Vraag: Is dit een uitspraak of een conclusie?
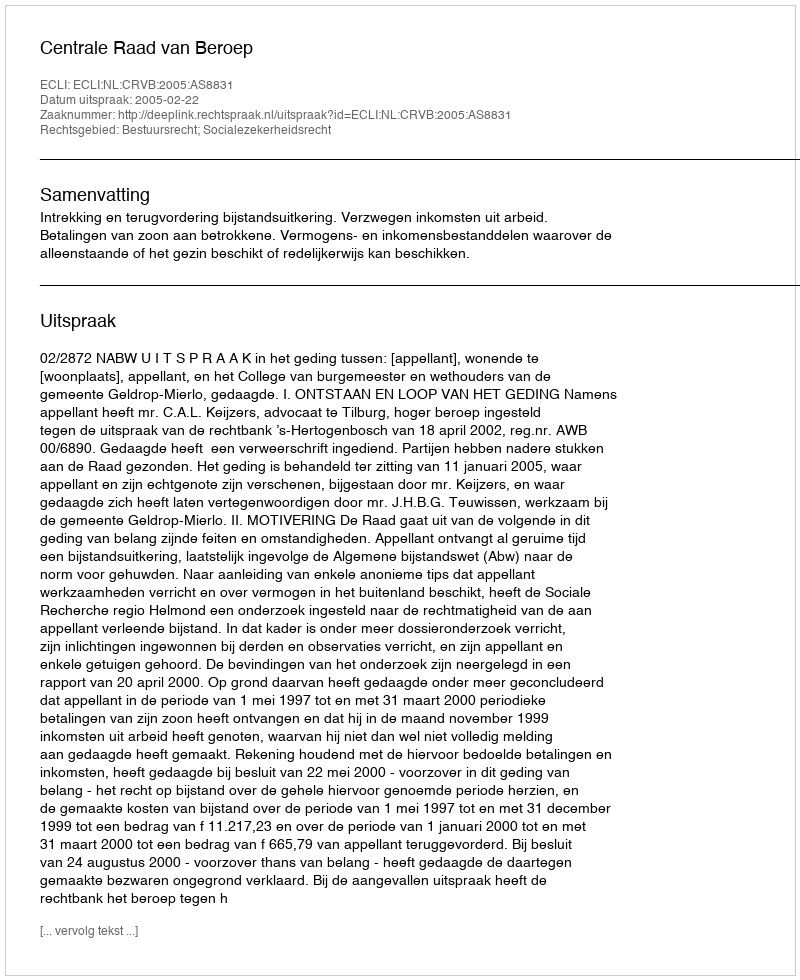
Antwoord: Uitspraak